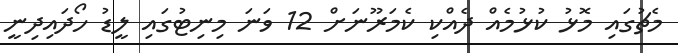
މެޗުގައި މޮޅު ކުޅުމެއް ދެއްކި ކެމަރޫނަށް 12 ވަނަ މިނިޓުގައި ލީޑު ހޯދައިދިނީ